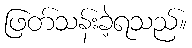
ဖြတ်သန်းခဲ့ရသည်။